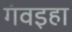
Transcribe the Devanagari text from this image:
गंवइहा